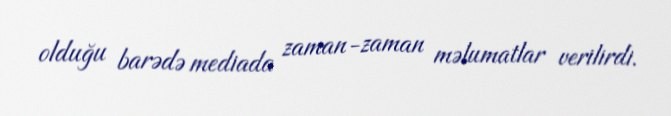
olduğu barədə mediada zaman-zaman məlumatlar verilirdi.